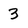
Character: 3